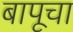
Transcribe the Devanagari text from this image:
बापूचा